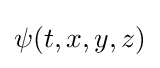
\psi (t,x,y,z)